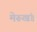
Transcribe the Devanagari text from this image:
मेरूखंड